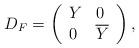
LaTeX: \begin{align*}D_{F}=\left(\begin{array}{ll}Y & 0 \\0 & \overline{Y}\end{array}\right) ,\end{align*}